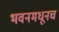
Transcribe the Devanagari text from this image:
भवनमधूनच